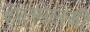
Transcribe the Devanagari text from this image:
होलसेलची